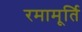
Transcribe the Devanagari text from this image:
रमामूर्ति